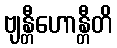
ဗျန္တီဟောန္တီတိ